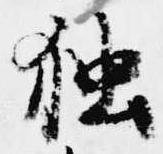
独